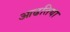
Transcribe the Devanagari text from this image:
आढतिया